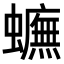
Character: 𧓼